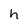
Character: h